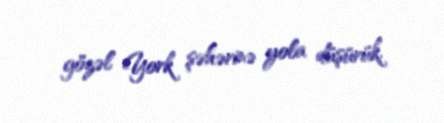
gözəl York şəhərinə yola düşürük.